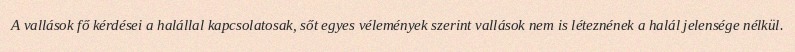
A vallások fő kérdései a halállal kapcsolatosak, sőt egyes vélemények szerint vallások nem is léteznének a halál jelensége nélkül.